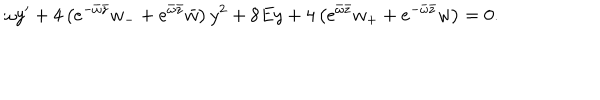
LaTeX: \omega y ^ { \prime } + 4 \left( e ^ { - \bar { \omega } \bar { z } } w _ { - } + e ^ { \bar { \omega } \bar { z } } \bar { w } \right) y ^ { 2 } + 8 E y + 4 \left( e ^ { \bar { \omega } \bar { z } } w _ { + } + e ^ { - \bar { \omega } \bar { z } } w \right) = 0 .